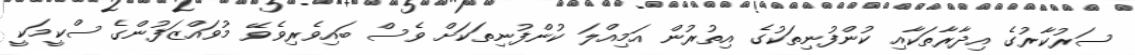
ސަރުކާރުގެ އިދާރާތަކާއި ކުންފުނިތަކުގެ އިތުރުން އަމިއްލަ ކުންފުނިތަކަށް ވެސް ބައިވެރިވެވޭ މުވައްޒަފުންގެ ސްކީމަކީ